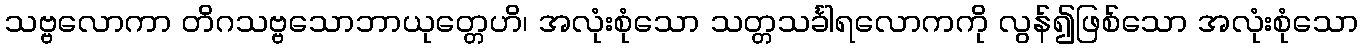
သဗ္ဗလောကာ တိဂသဗ္ဗသောဘာယုတ္တေဟိ၊ အလုံးစုံသော သတ္တသင်္ခါရလောကကို လွန်၍ဖြစ်သော အလုံးစုံသော